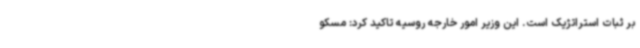
بر ثبات استراتژیک است. این وزیر امور خارجه روسیه تاکید کرد: مسکو